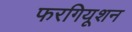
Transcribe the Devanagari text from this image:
फरगियूशन